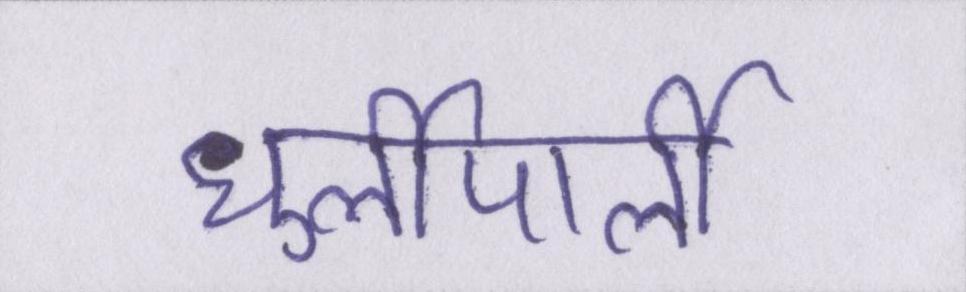
धुर्लीपार्ली